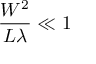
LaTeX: { \frac { W ^ { 2 } } { L \lambda } } \ll 1